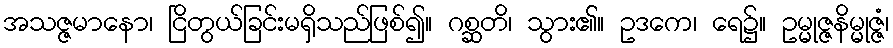
အသဇ္ဇမာနော၊ ငြိတွယ်ခြင်းမရှိသည်ဖြစ်၍။ ဂစ္ဆတိ၊ သွား၏။ ဥဒကေ၊ ရေ၌။ ဥမ္မုဇ္ဇနိမ္မုဇ္ဇံ၊